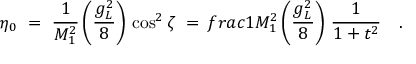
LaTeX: \eta _ { 0 } \ = \ \frac { 1 } { M _ { 1 } ^ { 2 } } \left( \frac { g _ { L } ^ { 2 } } { 8 } \right) \, \cos ^ { 2 } \zeta \ = \, f r a c { 1 } { M _ { 1 } ^ { 2 } } \left( \frac { g _ { L } ^ { 2 } } { 8 } \right) \, \frac { 1 } { 1 + t ^ { 2 } } \ \ \ .